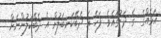
އަޅެއްގެ  ގެ ދަށުގައެވެ. ފަހެ އެ ދެބޭކަނބަލުން އެ ދެބޭކަލުންނަށް